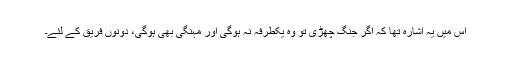
اس میں یہ اشارہ تھا کہ اگر جنگ چھڑی تو وہ یکطرفہ نہ ہوگی اور مہنگی بھی ہوگی، دونوں فریق کے لئے۔